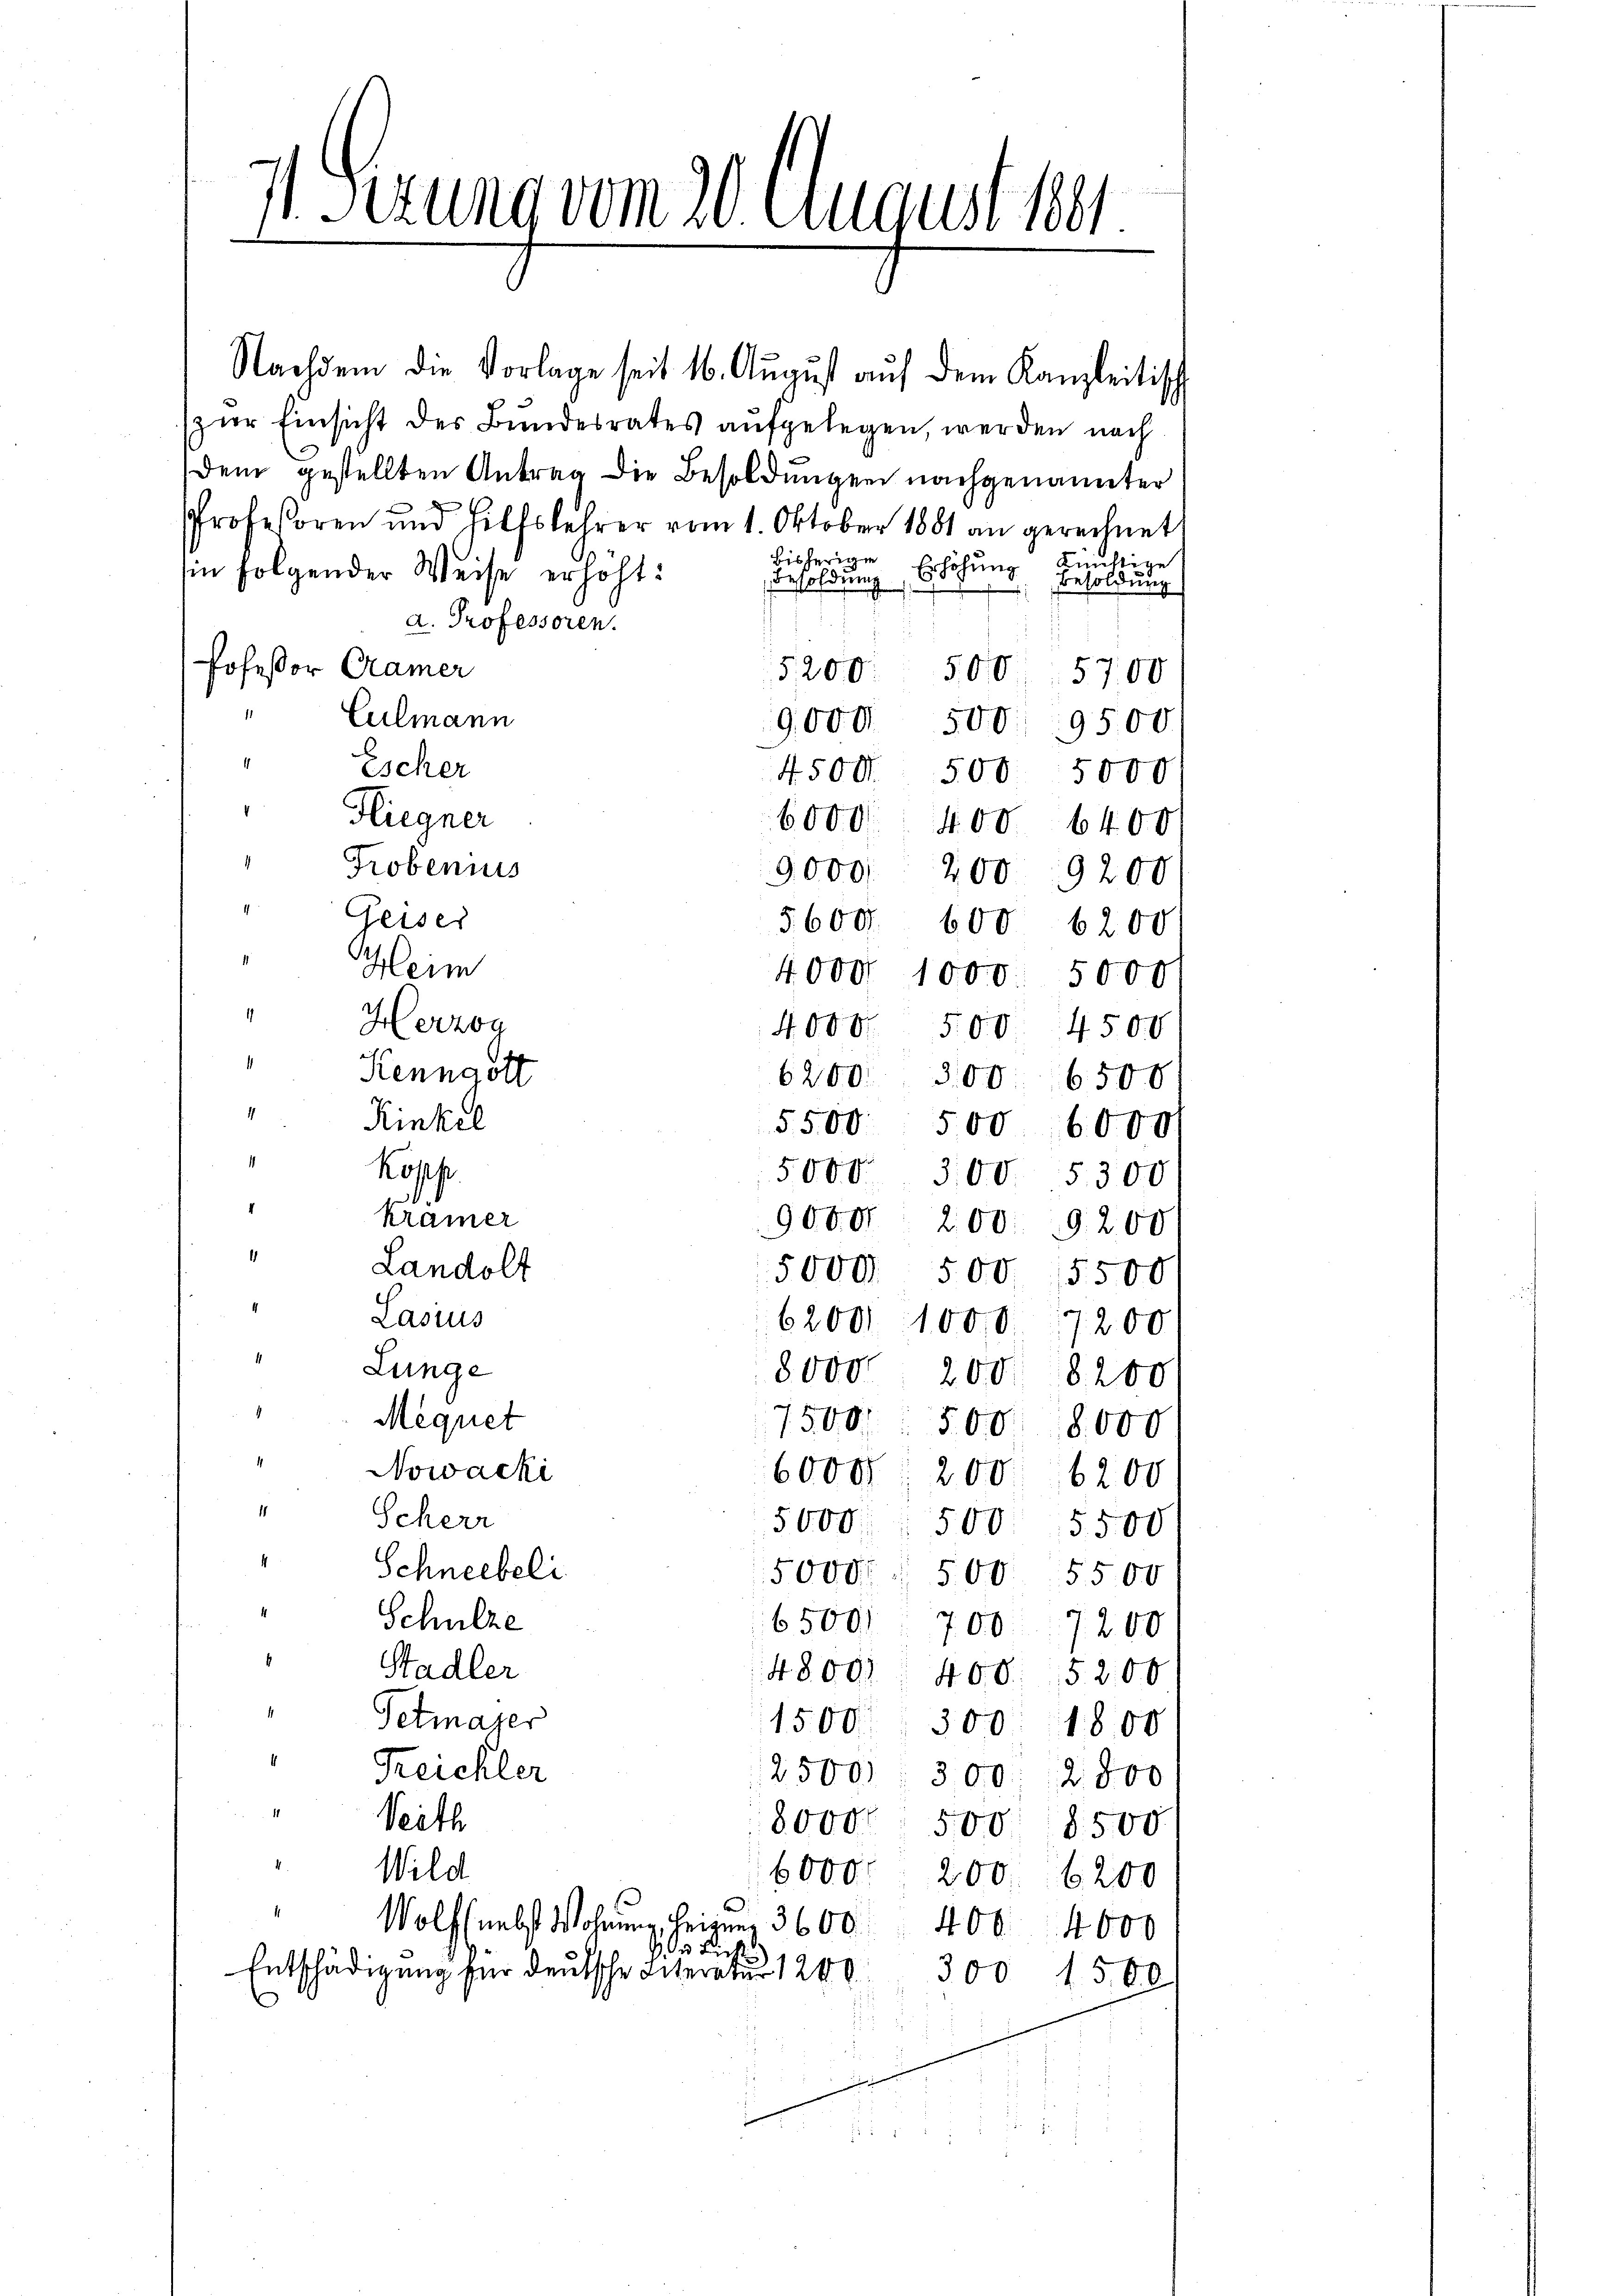
7 Perung vom 20. August 181.

Nachdem die Vorlage seit 16. August auf dem Kanzleitisch
zur Einsicht des Bundesrates aufgelegen, werden nach
dem gestellten Antrag die Besoldungen nachgenannter
Professoren und Hilfslehrer vom 1. Oktober 1881 an gerechnet
bisherige
Künftige
in folgender Weise erhöht:
Besoldung, Es seinen Besoldung
d. Professoren.
Jofeßor Camer
5200. 500 5700
Culmann
9,000. 500 9500.
" Escher
4500 500 5000
Fliegner
6000 400. 6400
Trobenius
9,000, 200 9200
Geiser
5600.
600 6200
Heim
4000 1000. 5000
1
Herzog
4000. 500. 4500
Kenngott
6200.
300 6500
d
Kinkel
5500 500, 6000 f
¬
kopp
5000. 300. 5300
kramer
9000 200. 9200
1
Landolt
5000 500 15500
Lasius
62001 1000. 17200.
Lunge
8000. 200. 8200
h
Megnet
1500.
500. 8000
Nowacki
6000, 200, 6200
1
Scherr
5000 500 5500
4
Schneebeli
5000. 500 5500
Schulze
65001 700 7200
Stadler
4800) 408. 5200
Petmayer
1500 300. 1800
Reichler
2500): 300: 2800
Seith
8000 500 8500
Wild
6000. 200. 6200
Wolfs nebst Wohnung, beizung 3600.
400. 4000
de Licht
Entschädigung für deutsche Litereter 1240
300 1500